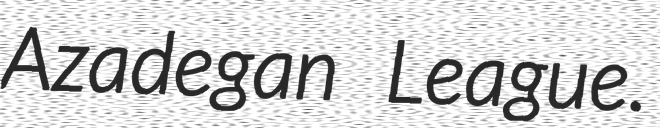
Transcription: Azadegan League.